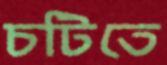
চটিতে